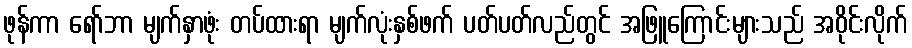
ဖုန်ကာ ရော်ဘာ မျက်နှာဖုံး တပ်ထားရာ မျက်လုံးနှစ်ဖက် ပတ်ပတ်လည်တွင် အဖြူကြောင်းများသည် အဝိုင်းလိုက်